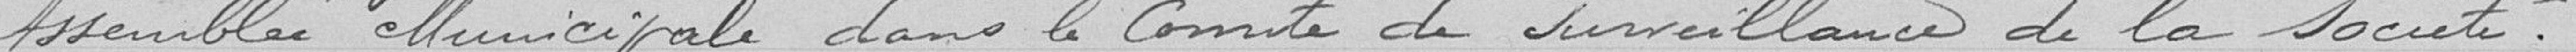
Assemblée Municipale dans le Comité de surveillance de la société.